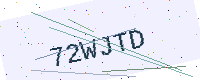
Text: 72WJTD